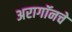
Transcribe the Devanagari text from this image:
अरागॉनचे